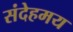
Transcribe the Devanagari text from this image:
संदेहमय